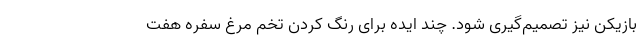
بازیکن نیز تصمیم‌گیری شود. چند ایده برای رنگ کردن تخم مرغ سفره هفت